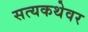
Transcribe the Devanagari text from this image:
सत्यकथेवर